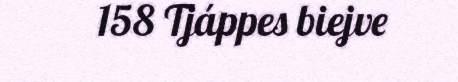
158 Tjáppes biejve